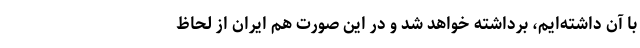
با آن داشته‌ایم، برداشته خواهد شد و در این صورت هم ایران از لحاظ